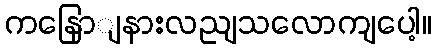
ကနြောျနားလညျသလောကျပေါ့။